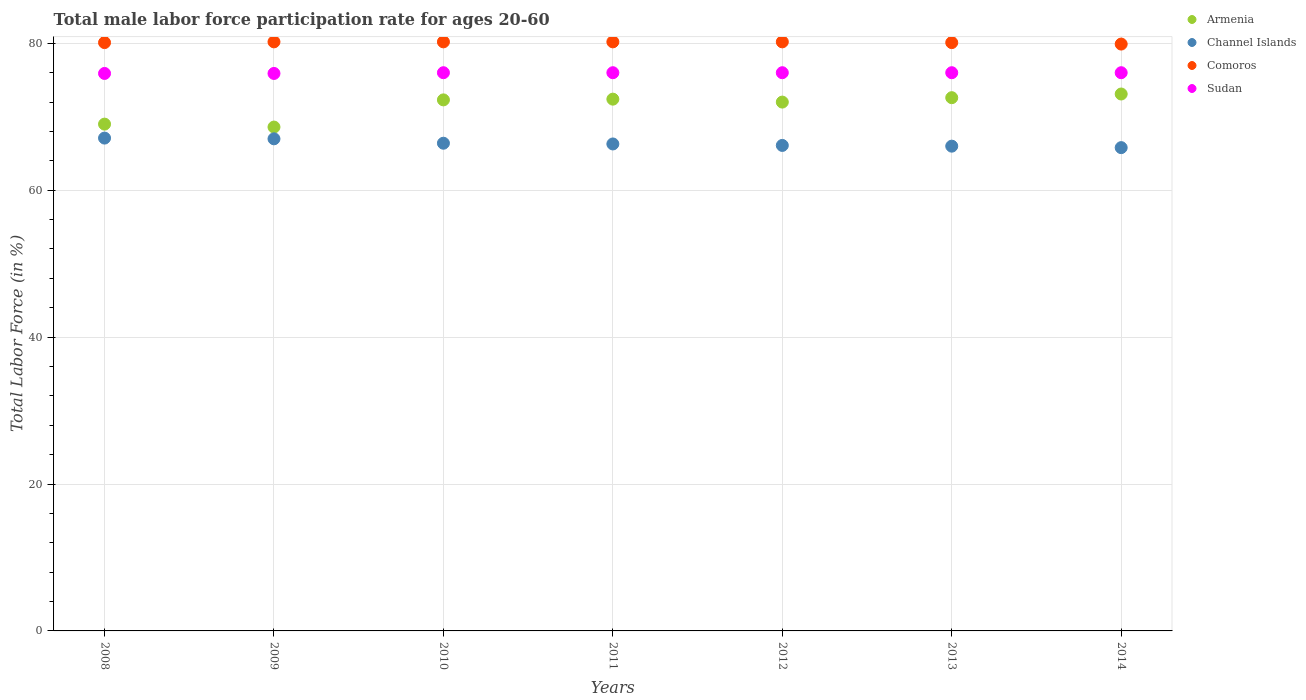
| Years | Armenia | Channel Islands | Comoros | Sudan |
 | --- | --- | --- | --- | --- |
 | 2008 | 69 | 67.1 | 80.1 | 75.9 |
 | 2009 | 68.6 | 67 | 80.2 | 75.9 |
 | 2010 | 72.3 | 66.4 | 80.2 | 76 |
 | 2011 | 72.4 | 66.3 | 80.2 | 76 |
 | 2012 | 72 | 66.1 | 80.2 | 76 |
 | 2013 | 72.6 | 66 | 80.1 | 76 |
 | 2014 | 73.1 | 65.8 | 79.9 | 76 |